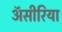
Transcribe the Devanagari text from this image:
ॲसीरिया